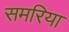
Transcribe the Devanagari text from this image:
समरिया